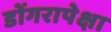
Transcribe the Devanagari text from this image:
डोंगरापेक्षा